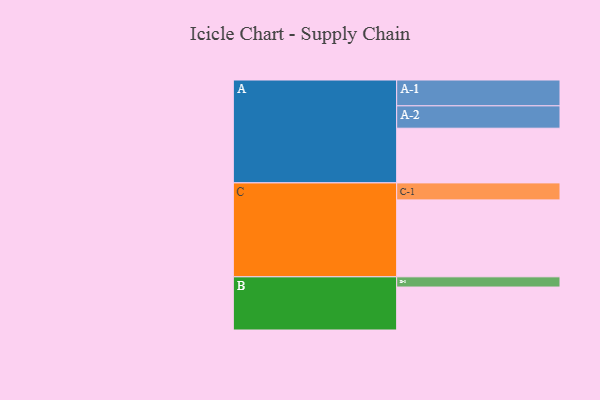
{"axis": {"x": "Segment", "y": "Value"}, "legend": ["", "A", "B", "C"], "data": [{"x": "A", "y": 396, "type": ""}, {"x": "B", "y": 311, "type": ""}, {"x": "C", "y": 557, "type": ""}, {"x": "A-1", "y": 187, "type": "A"}, {"x": "A-2", "y": 162, "type": "A"}, {"x": "B-1", "y": 74, "type": "B"}, {"x": "C-1", "y": 123, "type": "C"}]}